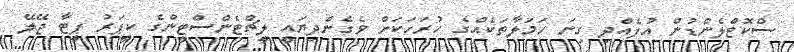
ސްކޮޓްލެންޑުން އުފެއްދި ގިނަ ހަމަލާތަކެއްގެ ހުރަހަކަށް ވެގެންދިޔައީ ލީޗްޓެންސްޓީންގެ ކީޕަރު ޕީޓާ ޖޭލޭ